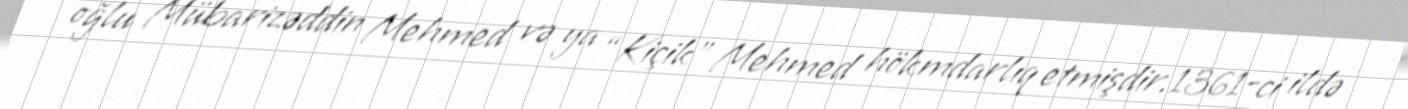
oğlu Mübarizəddin Mehmed və ya “Kiçik” Mehmed hökmdarlıq etmişdir.1361-ci ildə